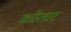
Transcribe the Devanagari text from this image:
कोतार